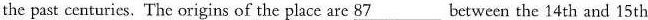
the past centuries. The origins of the place are \underline{87} between the 14th and 15th